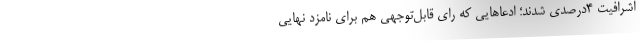
اشرافیت ۴درصدی شدند؛ ادعاهایی که رای قابل‌توجهی هم برای نامزد نهایی